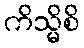
ကိသ္မိစိ